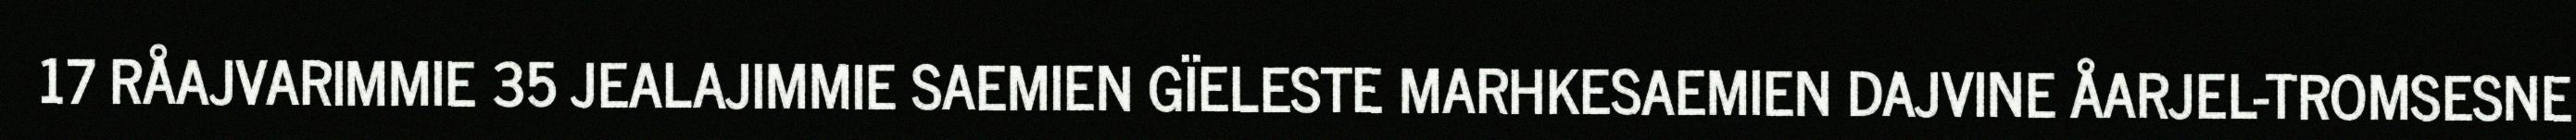
17 RÅAJVARIMMIE 35 JEALAJIMMIE SAEMIEN GÏELESTE MARHKESAEMIEN DAJVINE ÅARJEL-TROMSESNE